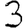
Digit: 3